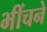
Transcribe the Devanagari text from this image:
भींचने